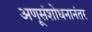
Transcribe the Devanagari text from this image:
अणूसंशोधनानंतर